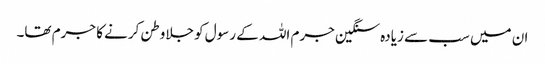
ان میں سب سے زیادہ سنگین جرم اللہ کے رسول کو جلاوطن کرنے کا جرم تھا۔